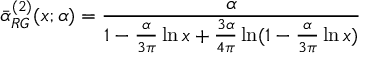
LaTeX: \bar { \alpha } _ { R G } ^ { ( 2 ) } ( x ; \alpha ) = \frac { \alpha } { 1 - \frac { \alpha } { 3 \pi } \ln x + \frac { 3 \alpha } { 4 \pi } \ln ( 1 - \frac { \alpha } { 3 \pi } \ln x ) }